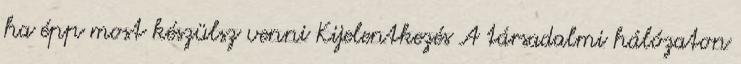
ha épp most készülsz venni Kijelentkezés A társadalmi hálózaton